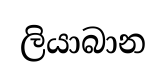
ලියාබාන